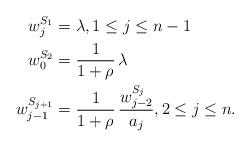
LaTeX: \begin{align*}w^{S_1}_j & = \lambda, 1 \leq j \leq n-1 \\w^{S_2}_0 & = \frac{1}{1 + \rho} \, \lambda \\w^{S_{j+1}}_{j-1} & = \frac{1}{1 + \rho} \, \frac{w^{S_j}_{j-2}}{a_j}, 2 \leq j \leq n.\end{align*}